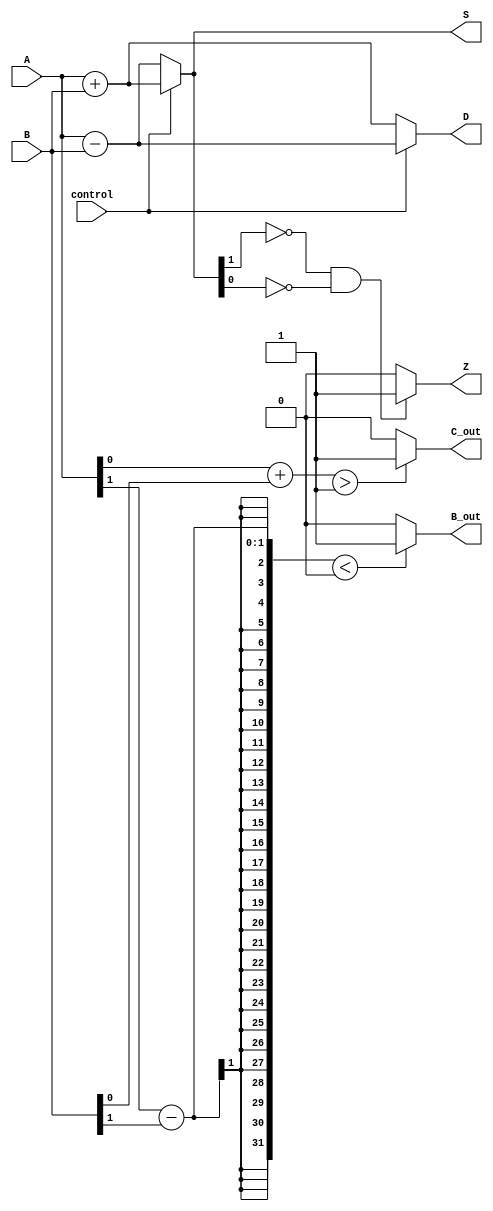
module ALU (
    input [1:0] A,
    input [1:0] B,
    input control,
    output reg [1:0] S,
    output reg C_out,
    output reg [1:0] D,
    output reg B_out,
    output reg Z
);

assign S = (control) ? A + B : A - B;
assign D = (control) ? A - B : A + B;

always @(A or B or control) begin
    if(control) begin
        if(A[0] + B[0] > 1)
            C_out = 1;
        else
            C_out = 0;
        if(A[1] - B[1] < 0)
            B_out = 1;
        else
            B_out = 0;
    end
    else begin
        if(A[0] + B[0] > 1)
            C_out = 1;
        else
            C_out = 0;
        if(A[1] - B[1] < 0)
            B_out = 1;
        else
            B_out = 0;
    end
end

assign Z = (S[1] == 0 && S[0] == 0) ? 1 : 0;

endmodule